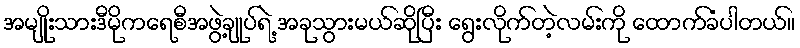
အမျိုးသားဒီမိုကရေစီအဖွဲ့ချုပ်ရဲ့ အခုသွားမယ်ဆိုပြီး ရွေးလိုက်တဲ့လမ်းကို ထောက်ခံပါတယ်။